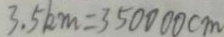
3 . 5 k m = 3 5 0 0 0 0 c m